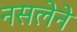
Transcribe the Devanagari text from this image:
नसलेने